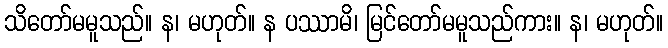
သိတော်မမူသည်။ န၊ မဟုတ်။ န ပဿာမိ၊ မြင်တော်မမူသည်ကား။ န၊ မဟုတ်။